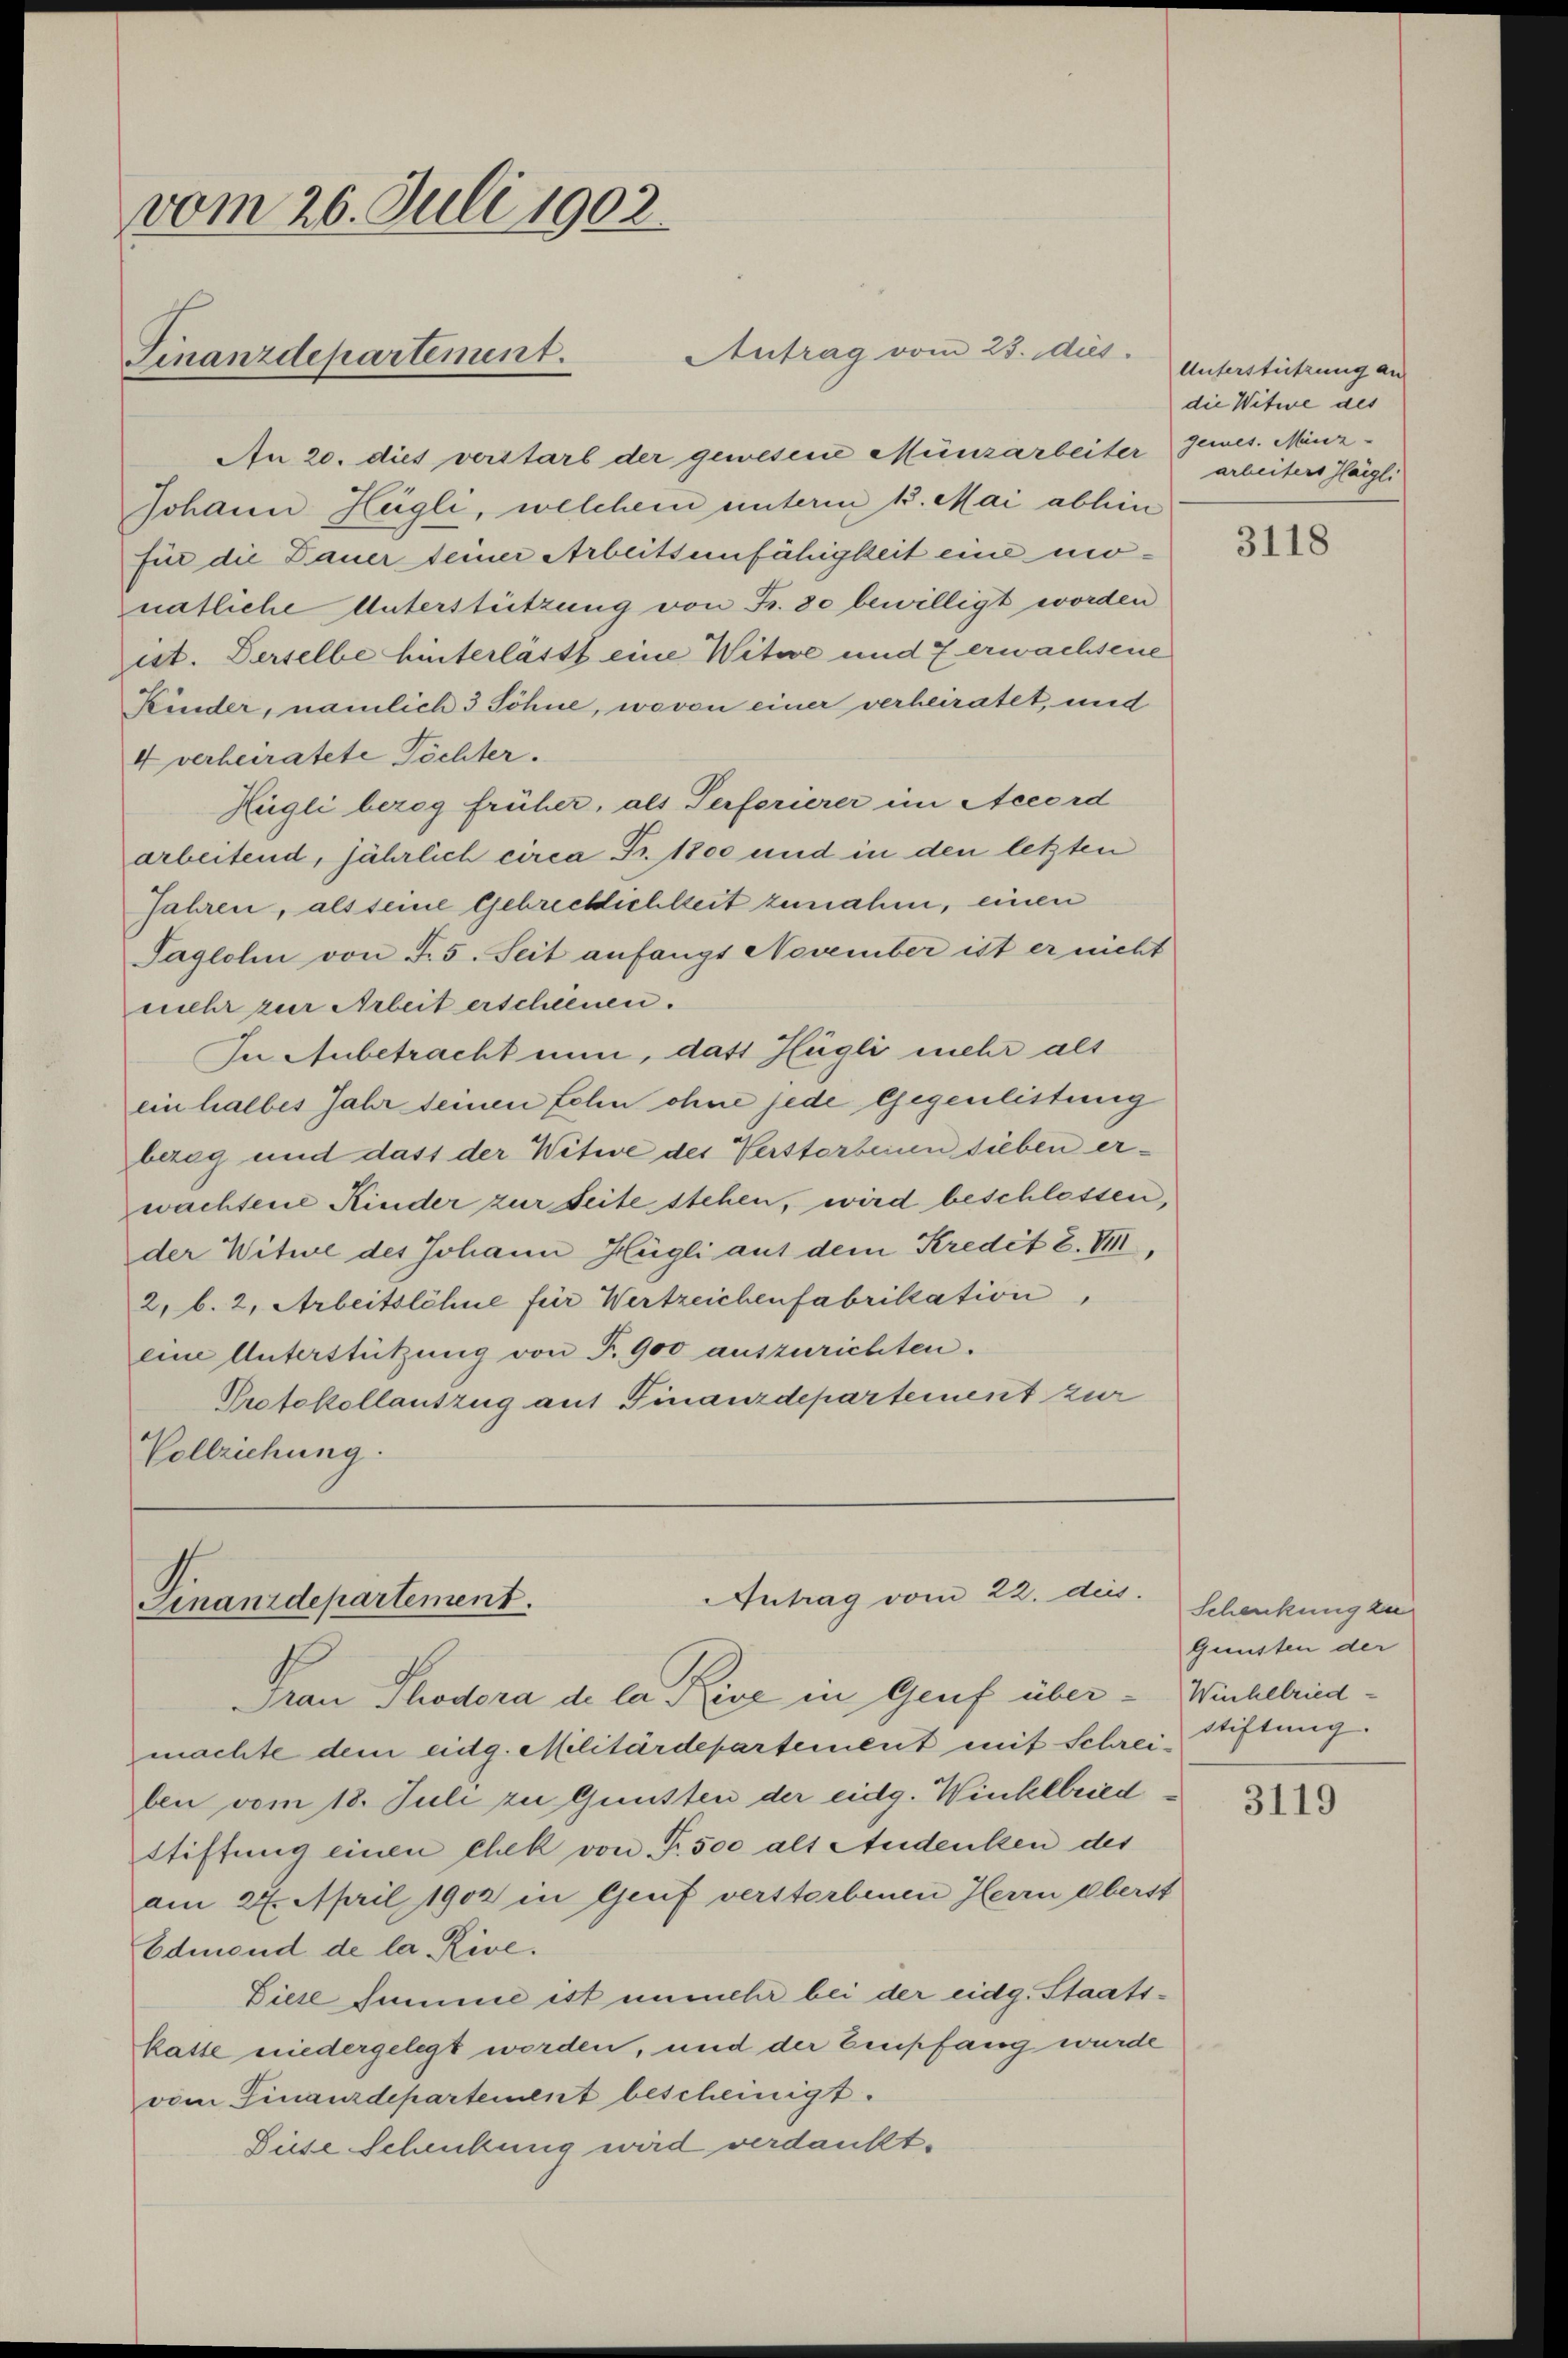
vom 26. Juli 1902.
Antrag vom 23. dies
Finanzdepartement.

An 20. dies verstarb der gewesene Münzarbeiter gemes. Minz¬
Johann Hügli, welchem unterm 13. Mai abhin
für die Dauer seiner Arbeitsunfähigkeit eine monatliche Unterstützung von Fr. 80 bewilligt worden
ist. Derselbe hinterlässt eine Witwe und Zerwachsene
Kinder, nämlich 3 Söhne, wovon einer verheiratet, und
4 verheiratete Töchter.
Hügli bezog früher, als Perforierer im Accord
arbeitend, jährlich circa Fr. 1800 und in den letzten
Jahren, als seine Gebrechlichkeit zunahm, einen
Taglohn von F. 5. Seit anfangs November ist er nicht
mehr zur Arbeit erschienen.
In Anbetracht nun, dass Hügli mehr als
ein halbes Jahr seinen Sohn ohne jede Gegenlisteng
bezog und dass der Witwe des Verstorbenen sieben erwachtene Kinder zur Seite stehen, wird beschlossen,
der Witwe des Johann Hügli auf dem Kredit 2. VIII.
2, b. 2, Arbeitslöhne für Wertzeichenfabrikation,
ein Unterstützung von T. 900 auszurichten.
Protokollauszug auf Finanzdepartement zur
Vollziehung.

Antrag vom 22. dies
Finanzdepartement.

Unterstützung an
die Witwe des
arbeiters Haigli

Frau Thodora de la Rise in Genf übermachte dem eidg. Militärdepartement mit Schrei Stiftung.
ben vom 18. Juli zu Gunsten der eidg. Winkllried
Stiftung einen chek von Fr. 500 als Andenken des
am 24. April 1902 in Genf verstorbenen Herrn Oberst
Edmond de la Rive.
Diese Summe ist unmehr bei der eidg. Staats¬
Kasse niedergelegt worden, und der Zenpfang wurde
vom Finanzdepartement bescheinigt.
Siese Schenkung wird verdankt.

3118

Schenkung zu
Gunsten der
Winhelried

3119